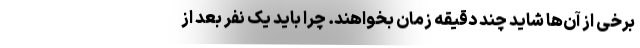
برخی از آن‌ها شاید چند دقیقه زمان بخواهند. چرا باید یک نفر بعد از